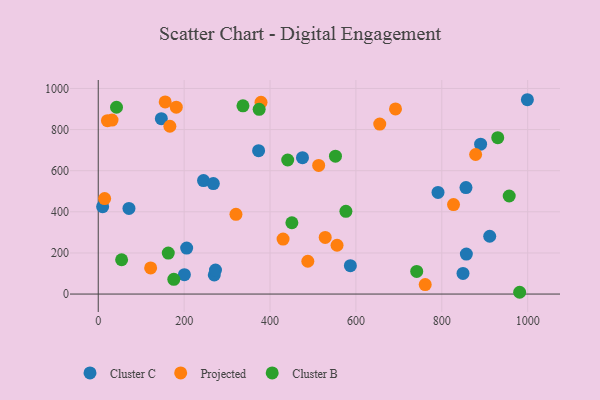
{"axis": {"x": "Ad Spend", "y": "Demand"}, "legend": ["Cluster B", "Cluster C", "Projected"], "data": [{"x": "791.2", "y": 494.5, "type": "Cluster C"}, {"x": "890.4", "y": 729.1, "type": "Cluster C"}, {"x": "71.5", "y": 416.7, "type": "Cluster C"}, {"x": "270.2", "y": 92.9, "type": "Cluster C"}, {"x": "273.0", "y": 116.7, "type": "Cluster C"}, {"x": "200.6", "y": 94.5, "type": "Cluster C"}, {"x": "911.6", "y": 281.1, "type": "Cluster C"}, {"x": "245.1", "y": 551.8, "type": "Cluster C"}, {"x": "856.3", "y": 517.8, "type": "Cluster C"}, {"x": "10.2", "y": 424.8, "type": "Cluster C"}, {"x": "268.0", "y": 537.2, "type": "Cluster C"}, {"x": "373.4", "y": 697.1, "type": "Cluster C"}, {"x": "849.4", "y": 100.6, "type": "Cluster C"}, {"x": "999.3", "y": 945.1, "type": "Cluster C"}, {"x": "475.6", "y": 663.3, "type": "Cluster C"}, {"x": "146.9", "y": 853.1, "type": "Cluster C"}, {"x": "857.2", "y": 194.6, "type": "Cluster C"}, {"x": "205.9", "y": 223.6, "type": "Cluster C"}, {"x": "587.1", "y": 138.3, "type": "Cluster C"}, {"x": "655.5", "y": 826.9, "type": "Projected"}, {"x": "692.2", "y": 900.2, "type": "Projected"}, {"x": "155.9", "y": 934.5, "type": "Projected"}, {"x": "528.5", "y": 275.6, "type": "Projected"}, {"x": "166.8", "y": 816.1, "type": "Projected"}, {"x": "761.4", "y": 46.2, "type": "Projected"}, {"x": "488.0", "y": 159.6, "type": "Projected"}, {"x": "430.4", "y": 267.5, "type": "Projected"}, {"x": "513.3", "y": 625.7, "type": "Projected"}, {"x": "181.7", "y": 909.0, "type": "Projected"}, {"x": "21.4", "y": 843.2, "type": "Projected"}, {"x": "14.9", "y": 464.5, "type": "Projected"}, {"x": "878.8", "y": 678.6, "type": "Projected"}, {"x": "379.0", "y": 932.4, "type": "Projected"}, {"x": "122.0", "y": 127.0, "type": "Projected"}, {"x": "827.3", "y": 435.3, "type": "Projected"}, {"x": "32.1", "y": 846.3, "type": "Projected"}, {"x": "556.1", "y": 237.4, "type": "Projected"}, {"x": "320.7", "y": 387.8, "type": "Projected"}, {"x": "374.7", "y": 898.5, "type": "Cluster B"}, {"x": "337.0", "y": 915.6, "type": "Cluster B"}, {"x": "163.1", "y": 199.3, "type": "Cluster B"}, {"x": "42.5", "y": 908.6, "type": "Cluster B"}, {"x": "176.0", "y": 71.7, "type": "Cluster B"}, {"x": "957.0", "y": 477.0, "type": "Cluster B"}, {"x": "54.4", "y": 166.9, "type": "Cluster B"}, {"x": "450.9", "y": 346.8, "type": "Cluster B"}, {"x": "441.2", "y": 651.9, "type": "Cluster B"}, {"x": "981.3", "y": 8.7, "type": "Cluster B"}, {"x": "930.3", "y": 760.5, "type": "Cluster B"}, {"x": "576.7", "y": 402.6, "type": "Cluster B"}, {"x": "552.4", "y": 670.5, "type": "Cluster B"}, {"x": "741.6", "y": 110.0, "type": "Cluster B"}]}